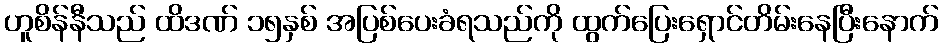
ဟူစိန်နီသည် ထိဒဏ် ၁၅နှစ် အပြစ်ပေးခံရသည်ကို ထွက်ပြေးရှောင်တိမ်းနေပြီးနောက်